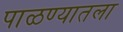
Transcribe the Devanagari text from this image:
पाळण्यातला